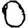
Digit: 0